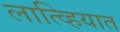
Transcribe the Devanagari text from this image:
लात्व्हियात